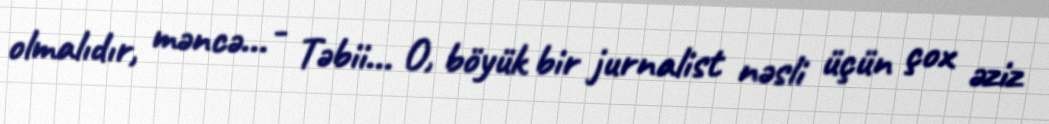
olmalıdır, məncə... - Təbii... O, böyük bir jurnalist nəsli üçün çox əziz